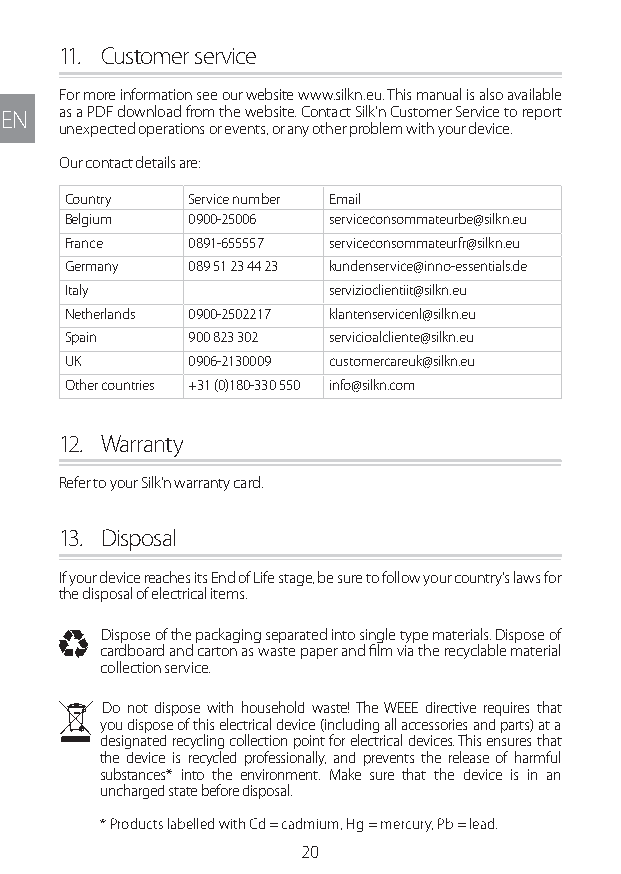
11. Customer service
 For more information see our website www.silkn.eu. This manual is also available
 EN  as a PDF download from the website. Contact Silk’n Customer Service to report
 unexpected operations or events, or any other problem with your device.
 Our contact details are:
 Country Service number Email
 Belgium 0900-25006 serviceconsommateurbe@silkn.eu
 France  0891-655557 serviceconsommateurfr@silkn.eu
 Germany 089 51 23 44 23 kundenservice@inno-essentials.de
 Italy            servizioclientiit@silkn.eu
 Netherlands 0900-2502217 klantenservicenl@silkn.eu
 Spain   900 823 302 servicioalcliente@silkn.eu
 UK      0906-2130009 customercareuk@silkn.eu
 Other countries +31 (0)180-330 550 info@silkn.com
 12. Warranty
 Refer to your Silk’n warranty card.
 13. Disposal
 If your device reaches its End of Life stage, be sure to follow your country’s laws for
 the disposal of electrical items.
 I Dispose of the packaging separated into single type materials. Dispose of
 cardboard and carton as waste paper and film via the recyclable material
 collection service.
 N Do not dispose with household waste! The WEEE directive requires that
 you dispose of this electrical device (including all accessories and parts) at a
 designated recycling collection point for electrical devices. This ensures that
 the device is recycled professionally, and prevents the release of harmful
 substances* into the environment. Make sure that the device is in an
 uncharged state before disposal.
 * Products labelled with Cd = cadmium, Hg = mercury, Pb = lead.
 20
 Lipo UM EU124 3545B inside ALL EU124 ED296-24 release.indd 20 14/08/2018 10:57:33